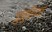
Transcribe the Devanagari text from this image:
जुनुनियत